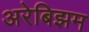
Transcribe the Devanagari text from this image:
अरेबिझम